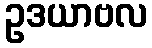
ဥဒယာဗလ